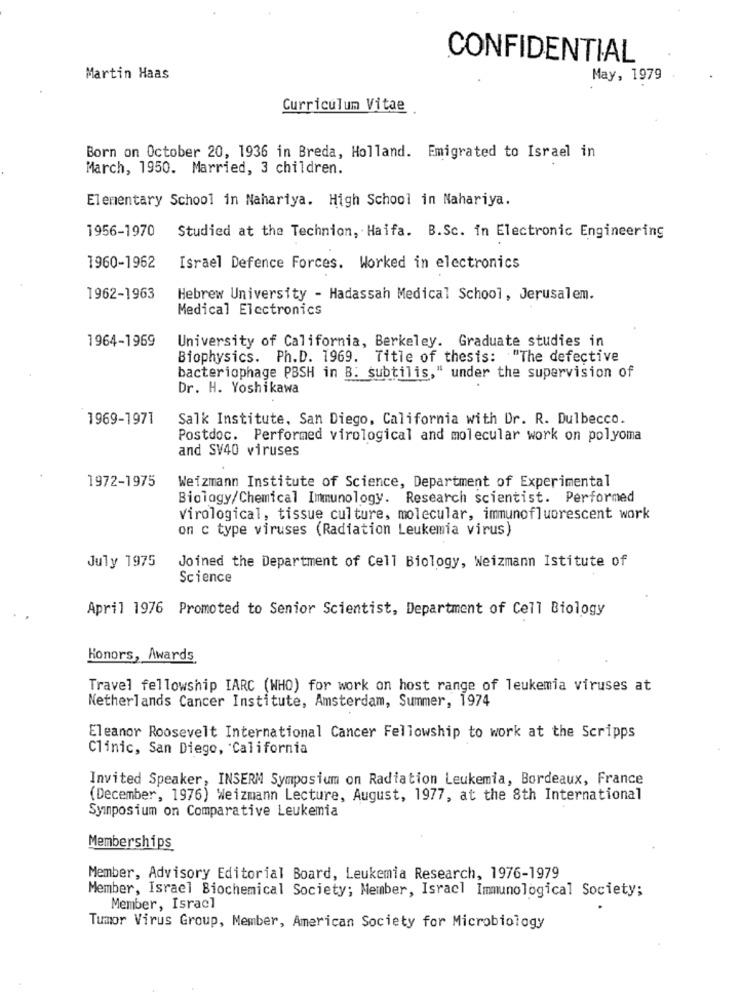
CONFIDENTIAL
Martin Haas
May, 1979
Curriculum Vitae
Born on October 20, 1936 in Breda, Holland. Emigrated to Israel in
March, 1950. Married, 3 children.
Elementary School in Nahariya. High School in Nahariya.
1956-1970
Studied at the Technion, Haifa. B.Sc. in Electronic Engineering
1960-1962
Israel Defence Forces. Worked in electronics
1962-1963
Hebrew University - Hadassah Medical School, Jerusalem.
Medical Electronics
1964-1969
University of California, Berkeley. Graduate studies in
Biophysics. Ph.D. 1969. Title of thesis: "The defective
bacteriophage PBSH in B: subtilis," under the supervision of
Dr. H. Yoshikawa
1969-1971
Salk Institute, San Diego, California with Dr. R. Dulbecco.
Postdoc. Performed virological and molecular work on polyoma
and SV40 viruses
Weizmann Institute of Science, Department of Experimental
1972-1975
Biology/Chemical Immunology. Research scientist. Performed
Virological, tissue culture, molecular, immunofluorescent work
on c type viruses (Radiation Leukemia virus)
July 1975
Joined the Department of Cell Biology, Weizmann Istitute of
Science
April 1976 Promoted to Senior Scientist, Department of Cell Biology
Honors, Awards
Travel fellowship IARC (WHO) for work on host range of leukemia viruses at
Netherlands Cancer Institute, Amsterdam, Summer, 1974
Eleanor Roosevelt International Cancer Fellowship to work at the Scripps
Clinic, San Diego, California
Invited Speaker, INSERM Symposium on Radiation Leukemia, Bordeaux, France
(December, 1976) Weizmann Lecture, August, 1977, at the 8th International
Symposium on Comparative Leukemia
Memberships
Member, Advisory Editorial Board, Leukemia Research, 1976-1979
Member, Israel Biochemical Society; Member, Israel Immunological Society;
Member, Israel
Tumor Virus Group, Member, American Society for Microbiology